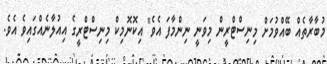
މުބާރާތެއް ބޭއްވުމަށް މިނިސްޓްރީން މިވަނީ ނިންމާފަ އެވެ" އިކޮނޮމިކް މިނިސްޓްރީގެ އިއުލާނެއްގައިވެ އެވެ.